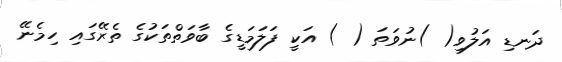
ދަނޑި އަލުވި( )ނުވަތަ ( ) އަކީ ފަލަމަޑީގެ ބާވަތްތަކުގެ ތެރޭގައި ހިމެނޭ